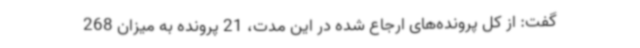
گفت: از کل پرونده‌های ارجاع شده در این مدت، 21 پرونده به میزان 268